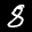
Label: 8